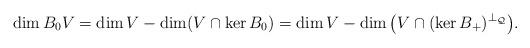
LaTeX: \begin{align*} \dim B_0 V = \dim V - \dim (V \cap \ker B_0) = \dim V - \dim \big(V \cap (\ker B_+)^{\perp_{\mathcal Q}}\big).\end{align*}